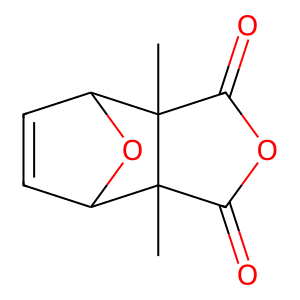
SMILES: CC12C(=O)OC(=O)C1(C)C1C=CC2O1
Inhibits HIV replication: No